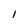
Character: I